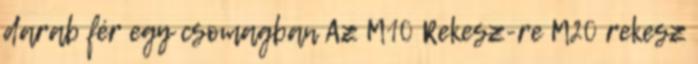
darab fér egy csomagban Az M10 Rekesz-re M20 rekesz